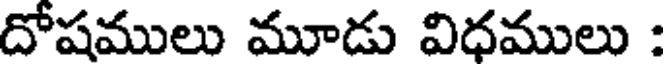
దోషములు మూడు విధములు :